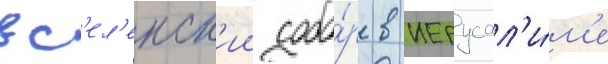
вс'ел'енск'ии собо́р в иерусал'и́м'е